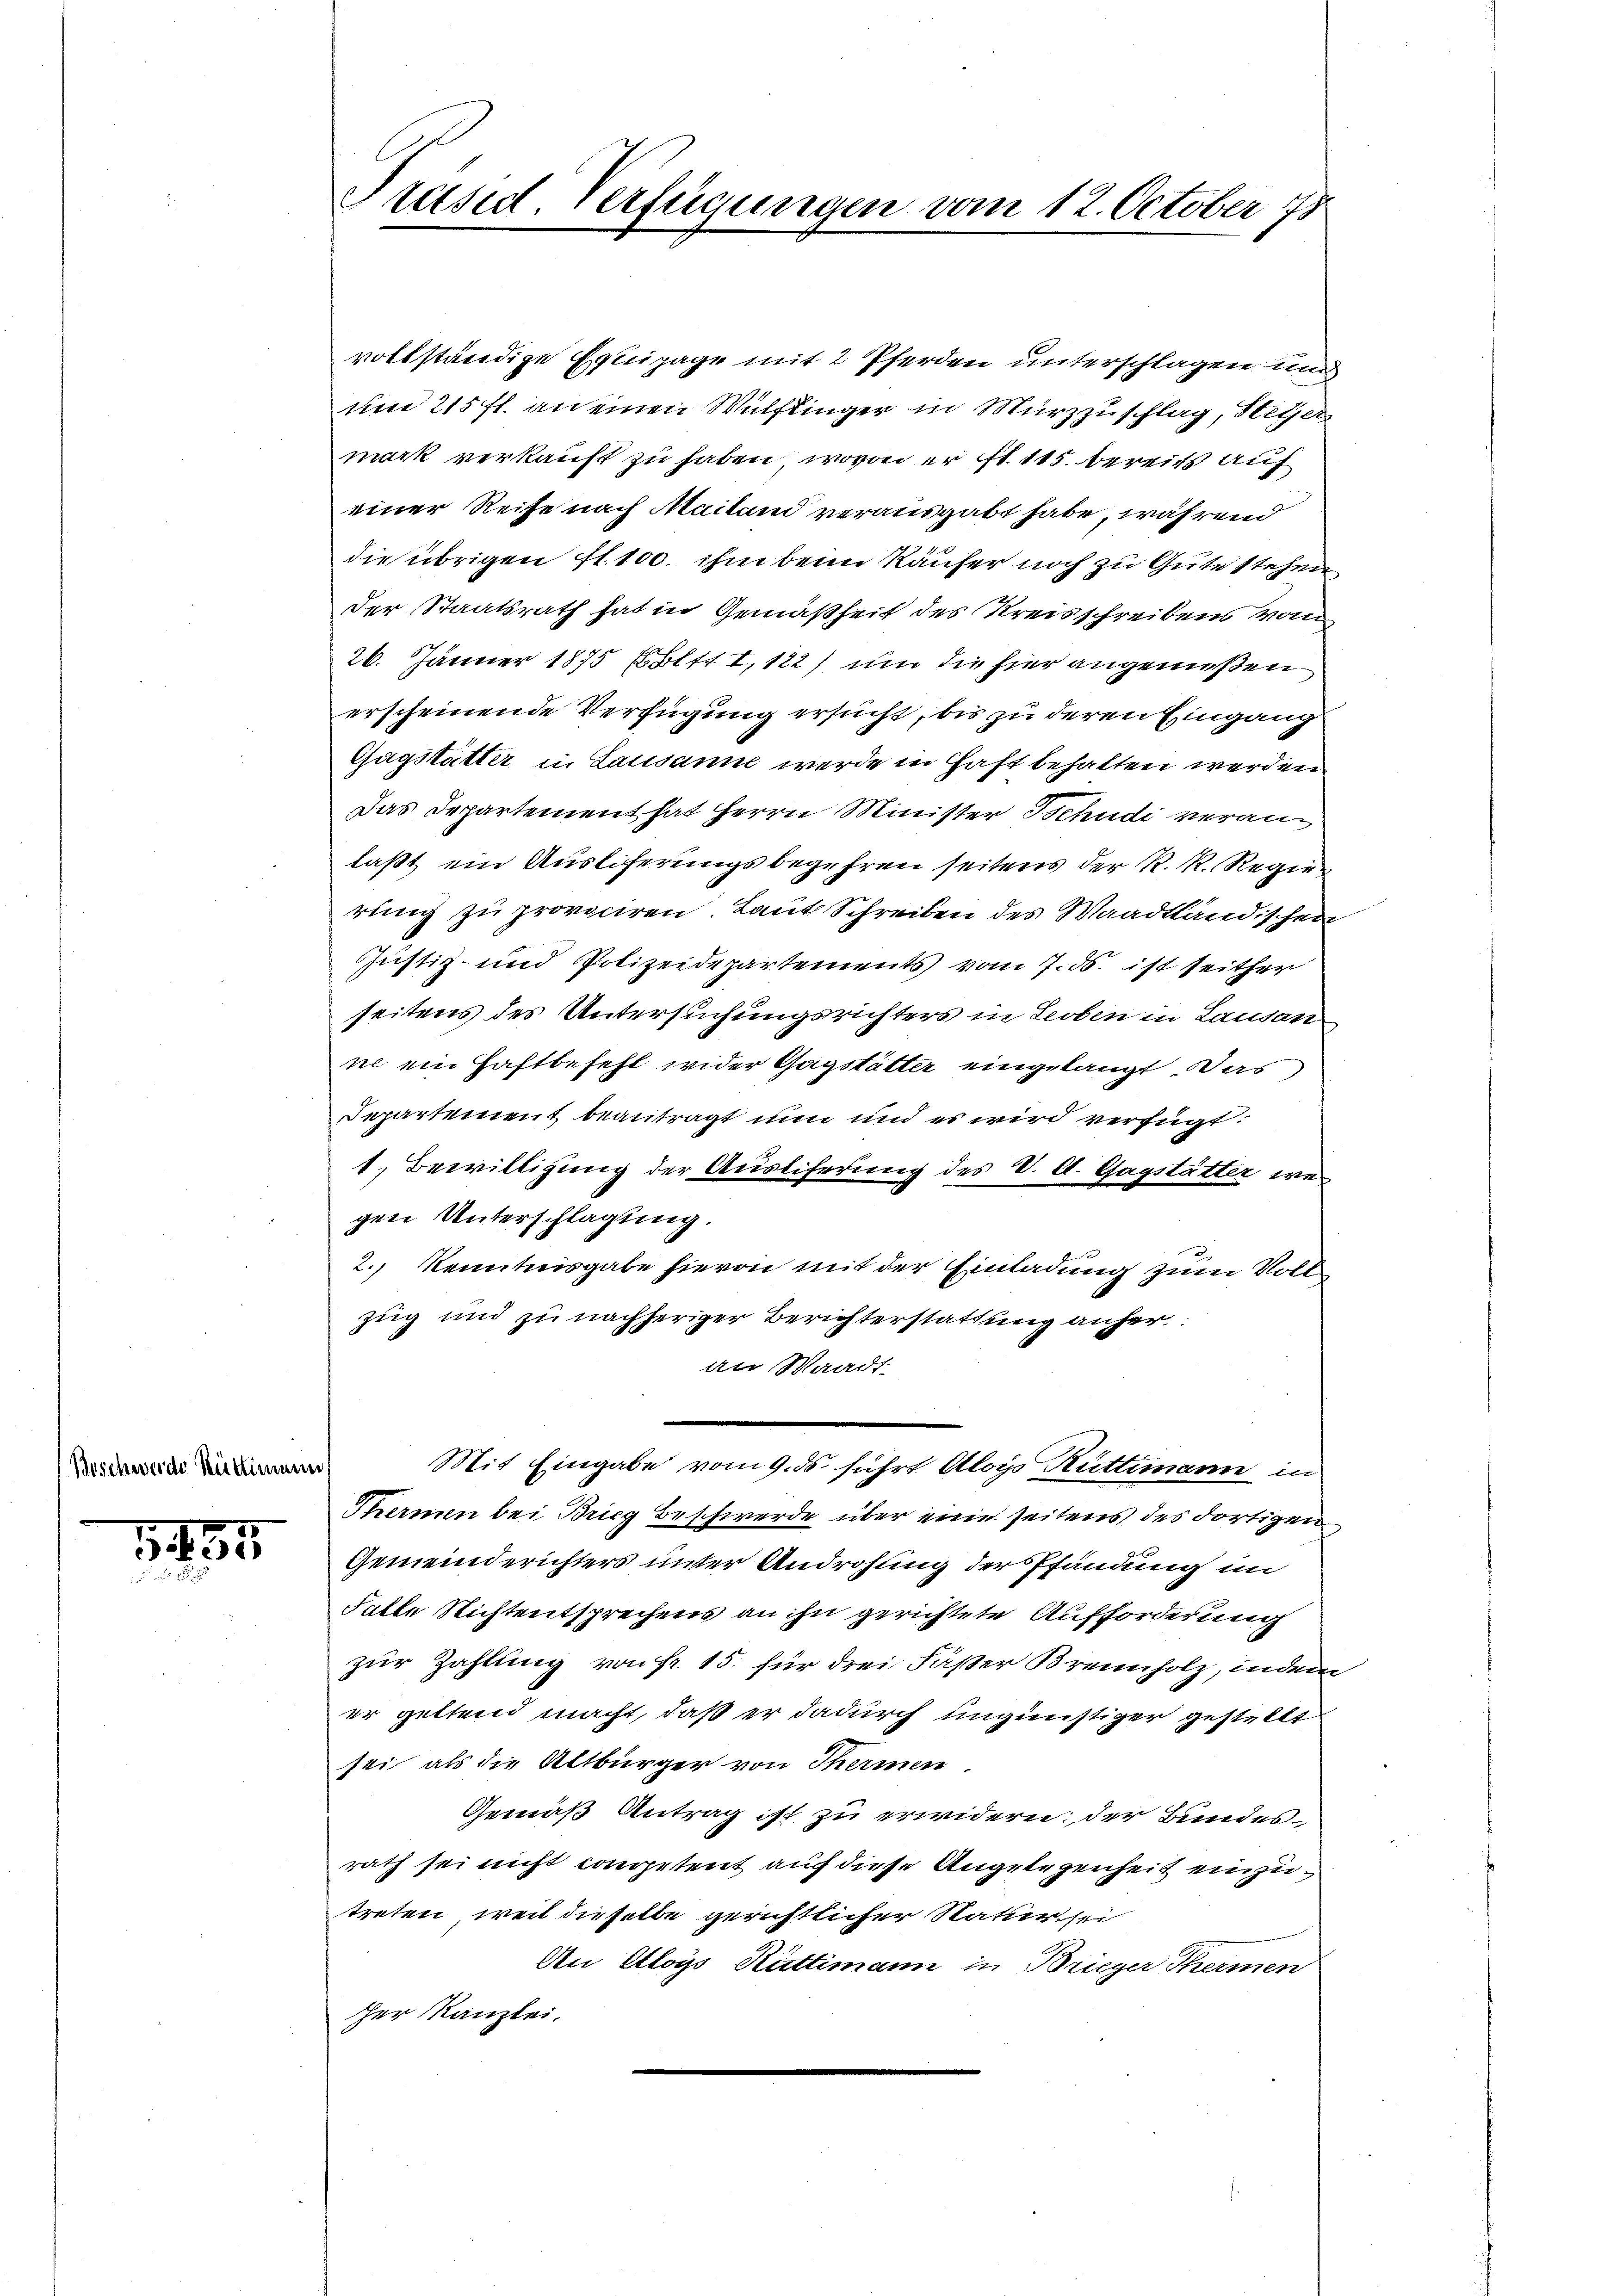
Beschwerde Rüttimann

2135

vollständige Exuipage mit 2 Pferden unterschlagen und
um 215 fl. an einen Wülflinger in Mürzzuschlag, Steyer-
mark verkauft zu haben, wovon er ist. 115. bereits auf
einer Reise nach Mailand verausgabt habe, während
die übrigen fl. 100. ihm beim Käufer noch zu Gute stehen
Der Staatsrath hat in Gemäßheit des Kreisschreibens vom
26. Jänner 1875 Ebltt I,122), um die hier angenießen
erscheinende Verfügung ersucht, bis zu deren Eingang
Gagstatter in Lausanne werde in Haft behalten werden
Das Departement hat Herrn Minister Schudi veranlaßt ein Ausliferungsbegehren seitens der R. R. Regierung zu provociren. Laut Schreiben des Waadtländischen
Justiz- und Polizeidepartements vom 7. ds. ist seither
seitens des Untersuchungsrichters in Leoben in Lausan
ne ein Haftbefehl wider Gagstätter eingelangt das
Departement beantragt nun und es wird verfügt:
1. Bewilligung der Auslieferung des V. A. Gagstätter wegen Unterschlagung.
2.) Kenntnisgabe hievon mit der Einladung zum Vollzug und zu nachheriger Berichterstattung anher.
an Waadt
Mit Eingabe vom 9. ds führt Aloys Rüttimanne in
Thermen bei Bricz Beschwerde über eine seitens des dortigen
Gemeinderichters unter Androhung der Pfändung im
Falle Nichtentsprechens an ihn gerichtete Aufforderung
zur Zahlung von Fr. 15. für drei Fäßer Brennholz, indem
er geltend macht, daß er dadurch ungünstiger gestellt
sei, als die Altbürger von Thermen.
Gemäß Antrag ist zu erwidern; der Bundesrath sei nicht competent auf diese Angelegenheit einzutreten, weit dieselbe gerichtlicher Statur sei
An Aloys Rüttimann in Brieger Thermen
her Kanzlei.

Präsid. Verfügungen vom 12. October 18